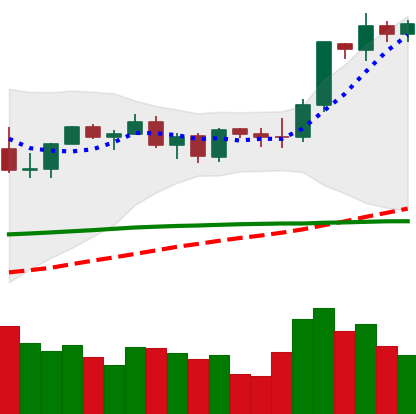
Ticker: ETH-USD
Chart end date: 2021-09-05
Forward return: -18.74%
Label: down_7plus